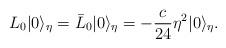
LaTeX: \begin{align*}L_0 | 0 \rangle_\eta = \bar L_0 | 0 \rangle_\eta= - \frac{c}{24} \eta^2 | 0 \rangle_\eta.\end{align*}